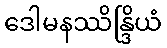
ဒေါမနဿိန္ဒြိယံ